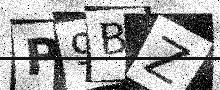
Text: P9BZ